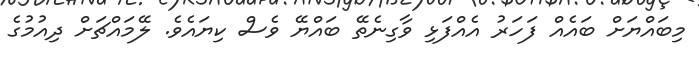
މިބައްޔަށް ބައެއް ފަހަރު އެއްފަޅި ވާގިނެތޭ ބައްޔޭ ވެސް ކިޔައެވެ. ލޭމައްޗަށް ދިއުމުގެ